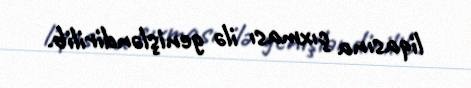
liqasına çıxması ilə genişləndirilib.